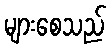
များစေသည်